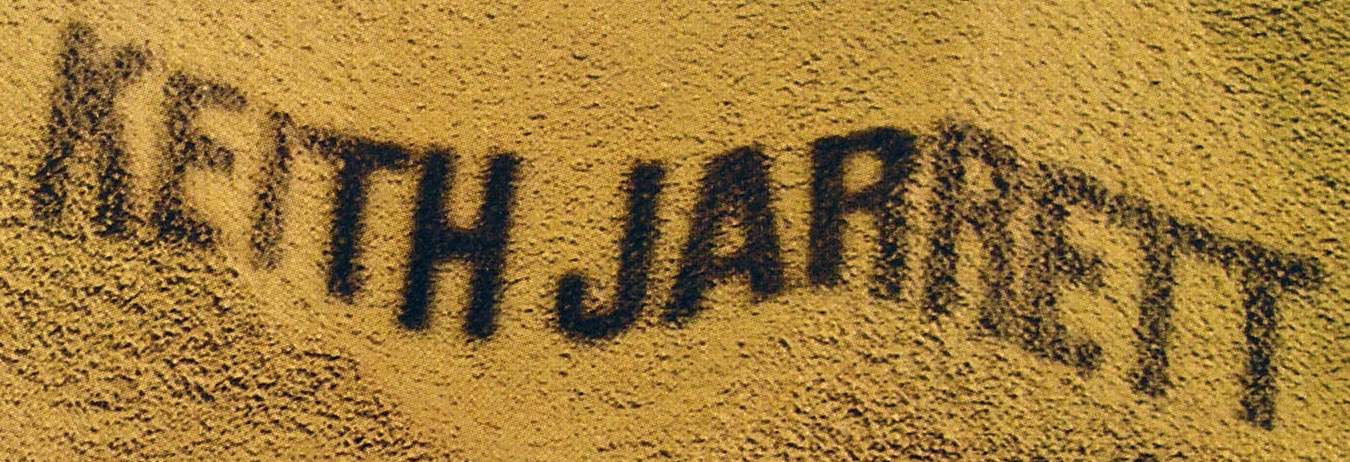
KEITH JARRETT